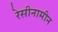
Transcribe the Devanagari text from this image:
रेसीनामीन